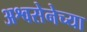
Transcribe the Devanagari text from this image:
अश्वसेनेच्या